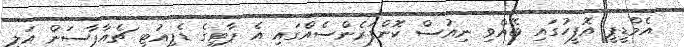
އެމްޑީޕީ އޮފީހުގައި ބޭއްވި ނިއުސް ކޮންފަރެންސެއްގައި އެ ޕާޓީގެ ޑެޕިއުޓީ ޗެއާޕާސަން އަލީ